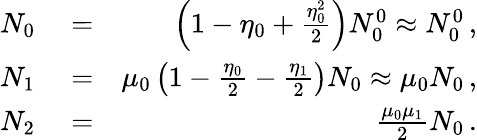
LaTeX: \begin{array}{rlr}{N_{0}}&{{}=}&{\left(1-\eta_{0}+\frac{\eta_{0}^{2}}{2}\right)N_{0}^{0}\approx N_{0}^{0}\, ,}\\ {N_{1}}&{{}=}&{\mu_{0}\left(1-\frac{\eta_{0}}{2}-\frac{\eta_{1}}{2}\right)N_{0}\approx\mu_{0}N_{0}\, ,}\\ {N_{2}}&{{}=}&{\frac{\mu_{0}\mu_{1}}{2}N_{0}\, .}\end{array}